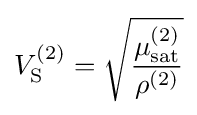
V_{\mathrm {S} }^{(2)}={\sqrt {\frac {\mu _{\mathrm {sat} }^{(2)}}{\rho ^{(2)}}}}